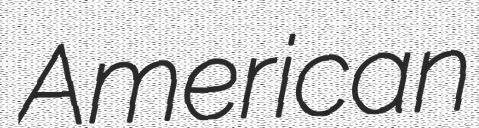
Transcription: American